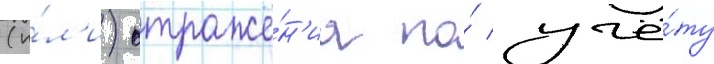
(и́л'и) отраже́н'иа по́ учё́ту